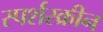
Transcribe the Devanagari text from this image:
स्पर्शस्क्रीन